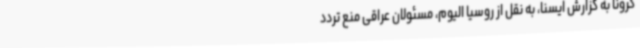
کرونا به گزارش ایسنا، به نقل از روسیا الیوم، مسئولان عراقی منع تردد